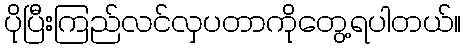
ပိုပြီးကြည်လင်လှပတာကိုတွေ့ရပါတယ်။